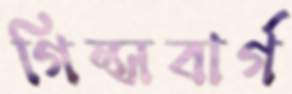
গিন্সবার্গ